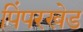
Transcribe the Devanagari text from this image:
पिंपरखेड